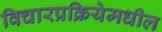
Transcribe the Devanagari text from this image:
विचारप्रक्रियेमधील